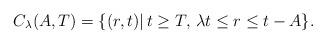
LaTeX: \begin{align*}C_{\lambda}(A,T)=\{(r,t)|\,t\ge T,\,\lambda t\leq r\leq t-A\}.\end{align*}